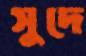
সুদে